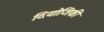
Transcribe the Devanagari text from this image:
दियोजिकी